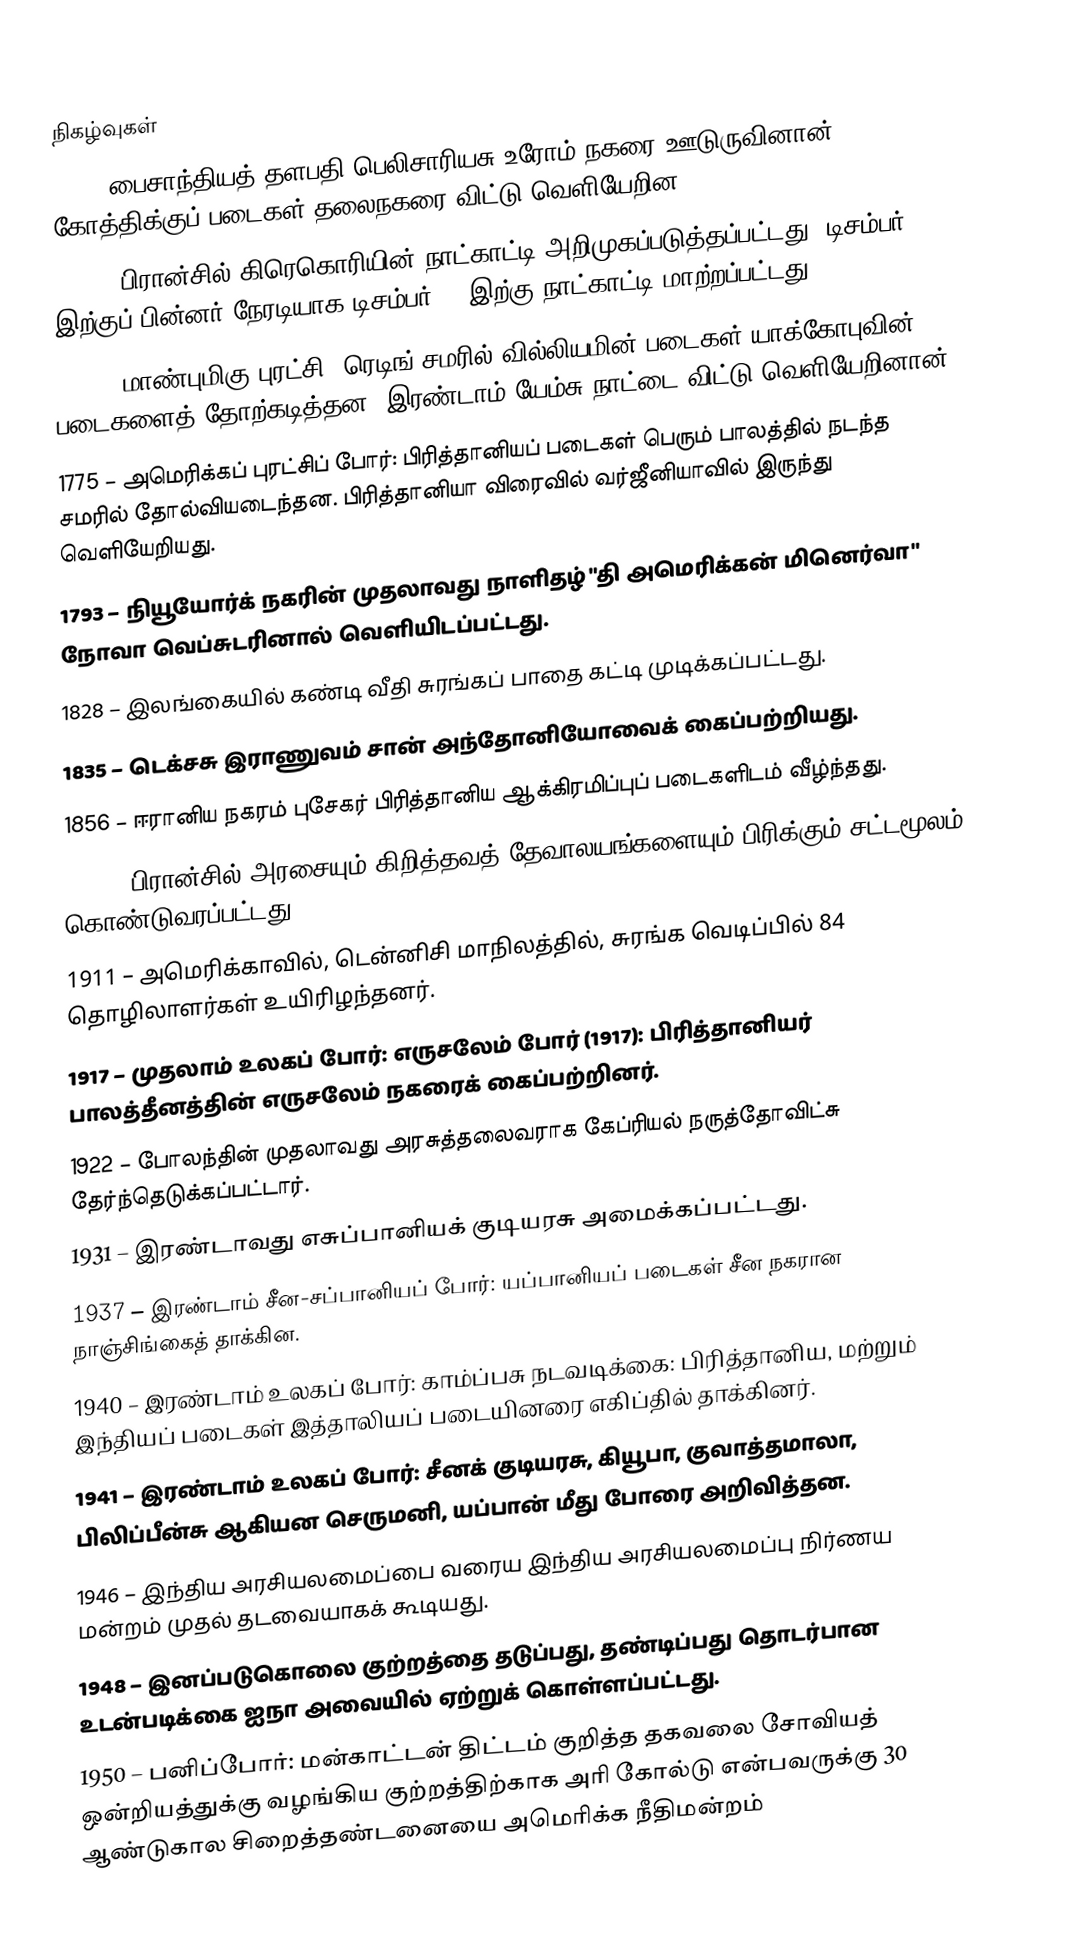

நிகழ்வுகள்
 536 – பைசாந்தியத் தளபதி பெலிசாரியசு உரோம் நகரை ஊடுருவினான். கோத்திக்குப் படைகள் தலைநகரை விட்டு வெளியேறின.
1582 – பிரான்சில் கிரெகொரியின் நாட்காட்டி அறிமுகப்படுத்தப்பட்டது. டிசம்பர் 9 இற்குப் பின்னர் நேரடியாக டிசம்பர் 20 இற்கு நாட்காட்டி மாற்றப்பட்டது.
1688 – மாண்புமிகு புரட்சி: ரெடிங் சமரில் வில்லியமின் படைகள் யாக்கோபுவின் படைகளைத் தோற்கடித்தன. இரண்டாம் யேம்சு நாட்டை விட்டு வெளியேறினான்.
1775 – அமெரிக்கப் புரட்சிப் போர்: பிரித்தானியப் படைகள் பெரும் பாலத்தில் நடந்த சமரில் தோல்வியடைந்தன. பிரித்தானியா விரைவில் வர்ஜீனியாவில் இருந்து வெளியேறியது.
1793 – நியூயோர்க் நகரின் முதலாவது நாளிதழ் "தி அமெரிக்கன் மினெர்வா" நோவா வெப்சுடரினால் வெளியிடப்பட்டது.
1828 – இலங்கையில் கண்டி வீதி சுரங்கப் பாதை கட்டி முடிக்கப்பட்டது.
1835 – டெக்சசு இராணுவம் சான் அந்தோனியோவைக் கைப்பற்றியது.
1856 – ஈரானிய நகரம் புசேகர் பிரித்தானிய ஆக்கிரமிப்புப் படைகளிடம் வீழ்ந்தது.
1905 – பிரான்சில் அரசையும் கிறித்தவத் தேவாலயங்களையும் பிரிக்கும் சட்டமூலம் கொண்டுவரப்பட்டது.
1911 – அமெரிக்காவில், டென்னிசி மாநிலத்தில், சுரங்க வெடிப்பில் 84 தொழிலாளர்கள் உயிரிழந்தனர்.
1917 – முதலாம் உலகப் போர்: எருசலேம் போர் (1917): பிரித்தானியர் பாலத்தீனத்தின் எருசலேம் நகரைக் கைப்பற்றினர்.
1922 – போலந்தின் முதலாவது அரசுத்தலைவராக கேப்ரியல் நருத்தோவிட்சு தேர்ந்தெடுக்கப்பட்டார்.
1931 – இரண்டாவது எசுப்பானியக் குடியரசு அமைக்கப்பட்டது.
1937 – இரண்டாம் சீன-சப்பானியப் போர்: யப்பானியப் படைகள் சீன நகரான நாஞ்சிங்கைத் தாக்கின.
1940 – இரண்டாம் உலகப் போர்: காம்ப்பசு நடவடிக்கை: பிரித்தானிய, மற்றும் இந்தியப் படைகள் இத்தாலியப் படையினரை எகிப்தில் தாக்கினர்.
1941 – இரண்டாம் உலகப் போர்: சீனக் குடியரசு, கியூபா, குவாத்தமாலா,  பிலிப்பீன்சு ஆகியன செருமனி, யப்பான் மீது போரை அறிவித்தன.
1946 – இந்திய அரசியலமைப்பை வரைய இந்திய அரசியலமைப்பு நிர்ணய மன்றம் முதல் தடவையாகக் கூடியது.
1948 – இனப்படுகொலை குற்றத்தை தடுப்பது, தண்டிப்பது தொடர்பான உடன்படிக்கை ஐநா அவையில் ஏற்றுக் கொள்ளப்பட்டது.
1950 – பனிப்போர்: மன்காட்டன் திட்டம் குறித்த தகவலை சோவியத் ஒன்றியத்துக்கு வழங்கிய குற்றத்திற்காக அரி கோல்டு என்பவருக்கு 30 ஆண்டுகால சிறைத்தண்டனையை அமெரிக்க நீதிமன்றம்